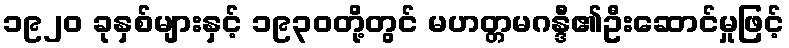
၁၉၂၀ ခုနှစ်များနှင့် ၁၉၃၀တို့တွင် မဟတ္တမဂန္ဒီ၏ဦးဆောင်မှုဖြင့်